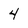
Character: 4